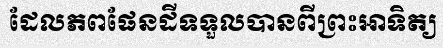
ដែលភពផែនដីទទួលបានពីព្រះអាទិត្យ